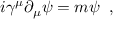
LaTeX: i \gamma ^ { \mu } \partial _ { \mu } \psi = m \psi \; \; ,